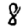
Digit: 8